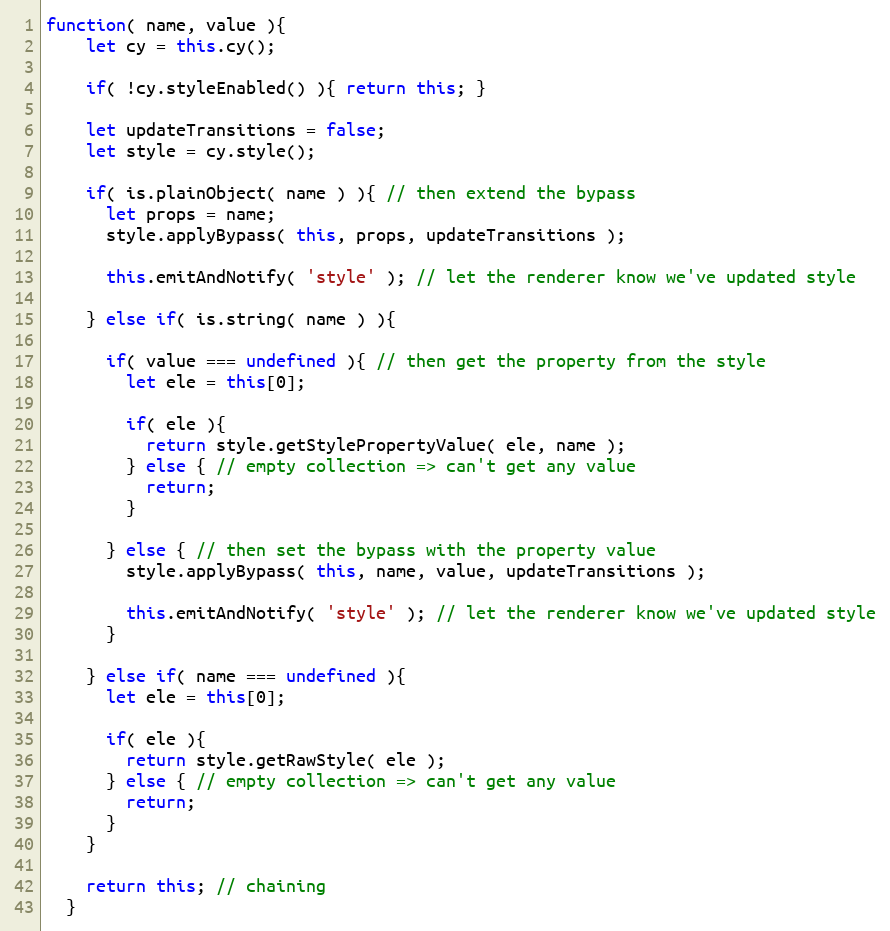
Language: JavaScript
function( name, value ){
    let cy = this.cy();

    if( !cy.styleEnabled() ){ return this; }

    let updateTransitions = false;
    let style = cy.style();

    if( is.plainObject( name ) ){ // then extend the bypass
      let props = name;
      style.applyBypass( this, props, updateTransitions );

      this.emitAndNotify( 'style' ); // let the renderer know we've updated style

    } else if( is.string( name ) ){

      if( value === undefined ){ // then get the property from the style
        let ele = this[0];

        if( ele ){
          return style.getStylePropertyValue( ele, name );
        } else { // empty collection => can't get any value
          return;
        }

      } else { // then set the bypass with the property value
        style.applyBypass( this, name, value, updateTransitions );

        this.emitAndNotify( 'style' ); // let the renderer know we've updated style
      }

    } else if( name === undefined ){
      let ele = this[0];

      if( ele ){
        return style.getRawStyle( ele );
      } else { // empty collection => can't get any value
        return;
      }
    }

    return this; // chaining
  }